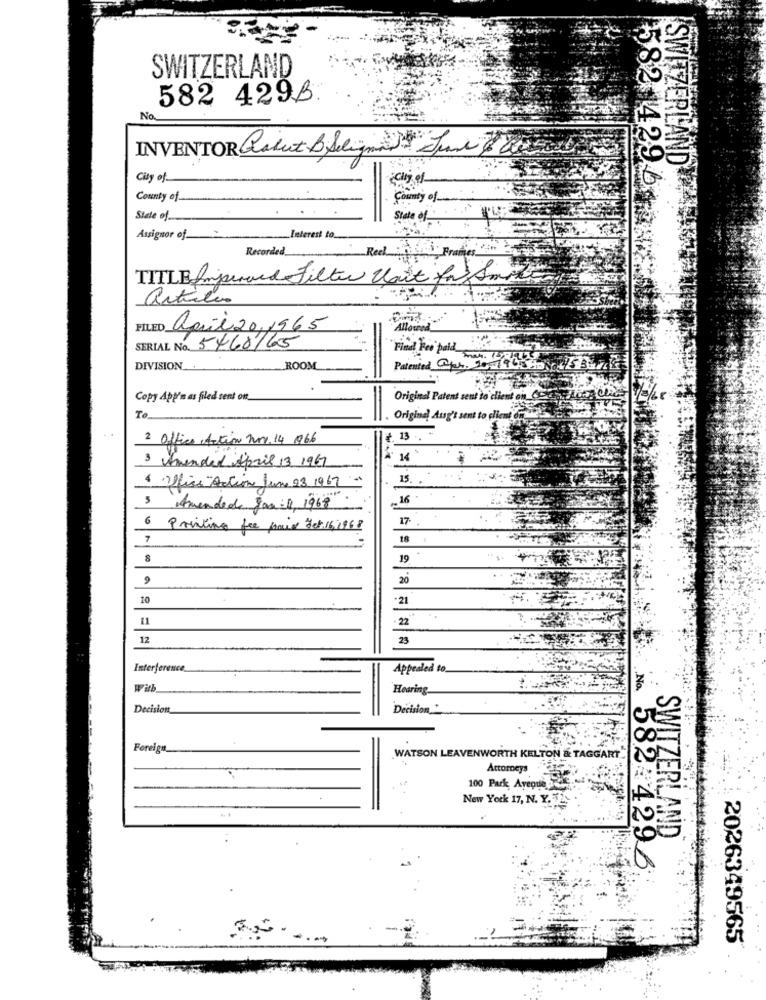
SWITZERLAND
582 429B.
No
INVENTOR Paint BSligne June Var
SWITZERLAND
City of
Cij of
582 429 b
County of_
County of
State of
State of
Assignor of
Interest to
Recorded
Real Frames
TITLE Improved Filter Wait for Some
articles
FILED
april 20,1965
Allowed
SERIAL No. 5468/65
"Find hei paid
DIVISION
ROOM
Patented Oper. 10
Copy App'n as filed sent on
Original Patent sent to client of
To
Original Ausg't sent to client
2 Office Action nov. 14 966
13
3 Amended April 13 1967
14
15 .
Office"Action June 23 1967
16
3 Amended Jon: 1, 1968
17-
6 Printing fee paix det 16,1968
7
18
19
9
20
10
21
11
22
12
23
Interference
Appealed to.
With
Hearing.
Decision
Decision
Foreign_
WATSON LEAVENWORTH KELTON & TAGGART
Attorneys
100 Park Avenue
New York 17, N. Y. 72.
SWITZERLAND
No. 582 4296
2026349565